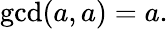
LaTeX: \operatorname*{gcd}(a,a)=a.